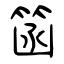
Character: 䈄